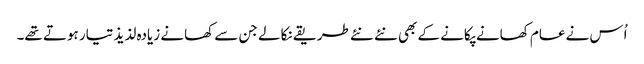
اُس نے عام کھانے پکانے کے بھی نئے نئے طریقے نکالے جن سے کھانے زیادہ لذیذ تیار ہوتے تھے۔